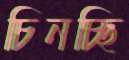
চিনচ্ছি